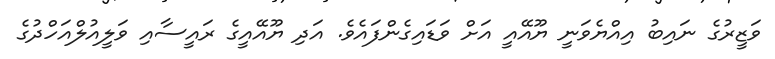
ވަޒީރުގެ ނައިބު އިއްޔެވަނީ ޔޫއޭއީ އަށް ވަޑައިގެންފައެވެ. އަދި ޔޫއޭއީގެ ރައީސާއި ވަލީއުލްއަހްދުގެ